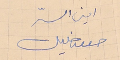
امين السرّ حسن خليل